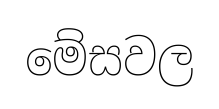
මේසවල